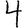
Digit: 4